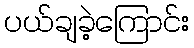
ပယ်ချခဲ့ကြောင်း